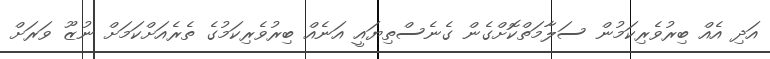
އަދި އެއް ބިރުވެރިކަމުން ސަލާމަތްކޮށްގެން ގެނެސްތިޔައީ އަނެއް ބިރުވެރިކަމުގެ ތެރެއަށްކަމަށް ނުޒޫ ވަރަށް